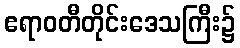
ဧရာဝတီတိုင်းဒေသကြီး၌